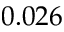
0 . 0 2 6